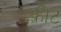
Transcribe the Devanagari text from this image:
फ़्रीट